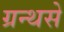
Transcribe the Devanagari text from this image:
ग्रन्थसे